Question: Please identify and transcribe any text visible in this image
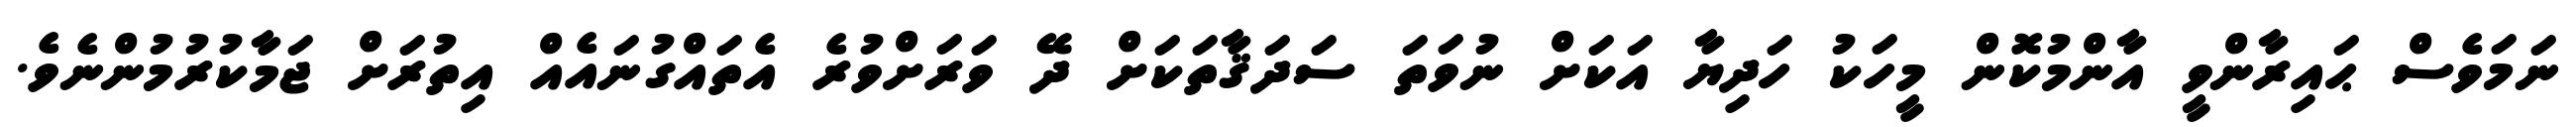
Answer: ނަމަވެސް ޙައިރާންވީ އާންމުކޮން މީހަކު ހަދިޔާ އަކަށް ނުވަތަ ސަދަޤާތަކަށް ދޭ ވަރަށްވުރެ އެތައްގުނައެއް އިތުރަށް ޖަމާކުރުމުންނެވެ.